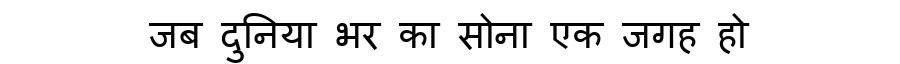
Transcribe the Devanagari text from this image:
जब दुनिया भर का सोना एक जगह हो